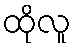
ထိုလူ